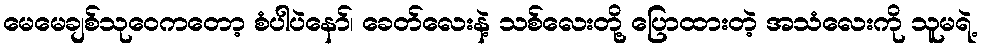
မေမေချစ်သုဝေကတော့ စံပါပဲနော်၊ ခေတ်လေးနဲ့ သစ်လေးတို့ ပြောထားတဲ့ အသံလေးကို သူမရဲ့